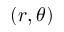
( r , \theta )